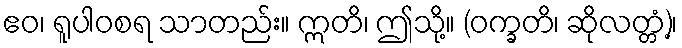
ဧဝ၊ ရူပါဝစရ သာတည်း။ ဣတိ၊ ဤသို့။ (ဝက္ခတိ၊ ဆိုလတ္တံ့)၊